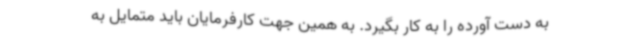
به دست آورده را به کار بگیرد. به همین جهت کارفرمایان باید متمایل به